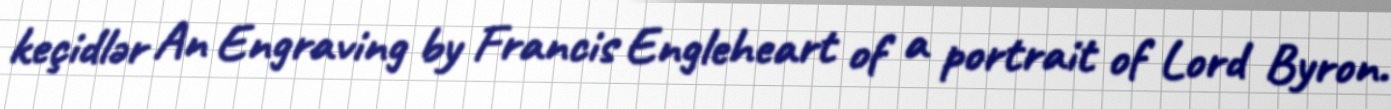
keçidlər An Engraving by Francis Engleheart of a portrait of Lord Byron.